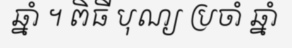
ឆ្នាំ ។ ពិធី បុណ្យ ប្រចាំ ឆ្នាំ